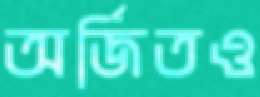
অর্জিতও